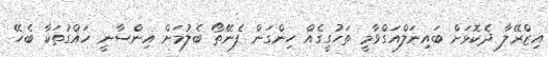
އިޒްރޭލާ ދެކޮޅަށް ބައިނަލްއަގްވާމީ ތަހުގީގެއް ހިންގަން ފެނޭތޯ ބެލުމަށް އިންސާނީ ހައްގުތަކާ ބެހޭ